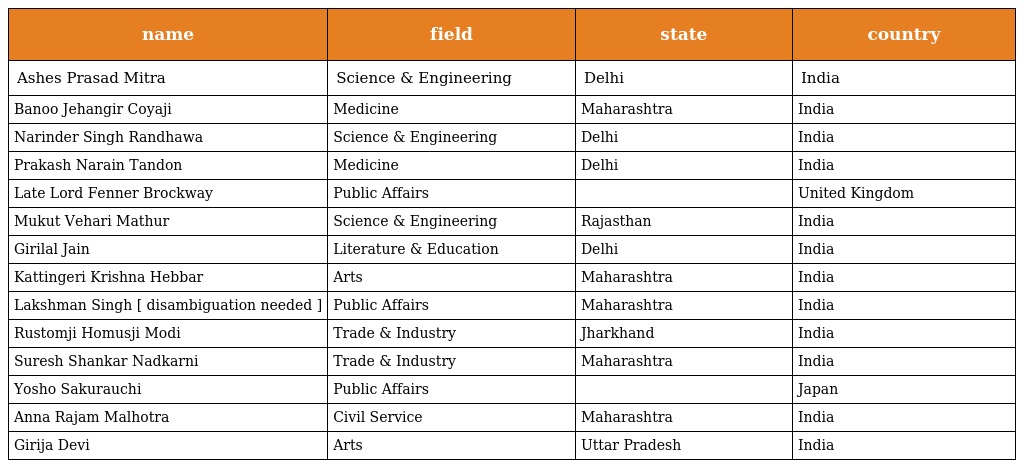
| name | field | state | country |
 | --- | --- | --- | --- |
 | Ashes Prasad Mitra | Science & Engineering | Delhi | India |
 | Banoo Jehangir Coyaji | Medicine | Maharashtra | India |
 | Narinder Singh Randhawa | Science & Engineering | Delhi | India |
 | Prakash Narain Tandon | Medicine | Delhi | India |
 | Late Lord Fenner Brockway | Public Affairs |  | United Kingdom |
 | Mukut Vehari Mathur | Science & Engineering | Rajasthan | India |
 | Girilal Jain | Literature & Education | Delhi | India |
 | Kattingeri Krishna Hebbar | Arts | Maharashtra | India |
 | Lakshman Singh [ disambiguation needed ] | Public Affairs | Maharashtra | India |
 | Rustomji Homusji Modi | Trade & Industry | Jharkhand | India |
 | Suresh Shankar Nadkarni | Trade & Industry | Maharashtra | India |
 | Yosho Sakurauchi | Public Affairs |  | Japan |
 | Anna Rajam Malhotra | Civil Service | Maharashtra | India |
 | Girija Devi | Arts | Uttar Pradesh | India |